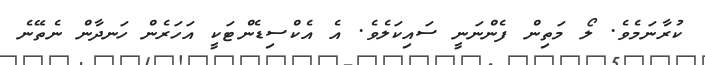
ކުރާނަމެވެ. ލޯ މަަތިން ފެންނަނީ ސައިކަލެވެ. އެ އެކްސިޑެންޓަކީ އަހަރެން ހަނދާން ނެތޭނެ